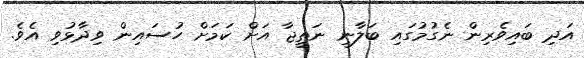
އަދި ބައިވެރިން ނެގުމުގައި ބަލާނީ ނަތީޖާ އަށް ކަަމަށް ހުސައިން ވިދާޅުވި އެވެ.